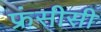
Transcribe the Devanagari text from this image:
फ्रंसीसी